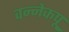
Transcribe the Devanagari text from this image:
वन्नेकपू